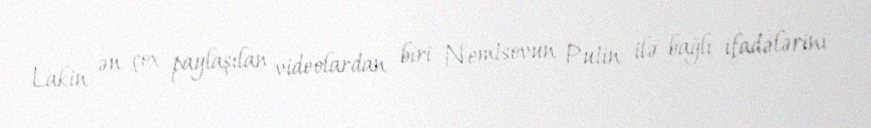
Lakin ən çox paylaşılan videolardan biri Nemtsovun Putin ilə bağlı ifadələrini